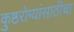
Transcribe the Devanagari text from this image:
कुष्ठरोग्यांसाठीचा